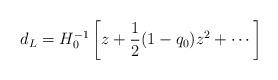
LaTeX: \begin{align*}d_L=H_0^{-1}\left[z+\frac{1}{2}(1-q_0)z^2+\cdots\right]\end{align*}